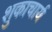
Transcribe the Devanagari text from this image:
शुकाचार्य